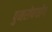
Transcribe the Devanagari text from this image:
पुनरोपयोग